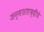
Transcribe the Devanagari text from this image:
जन्मशताब्दीचे